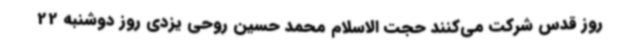
روز قدس شرکت می‌کنند حجت الاسلام محمد حسین روحی یزدی روز دوشنبه 22